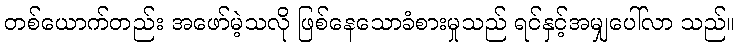
တစ်ယောက်တည်း အဖော်မဲ့သလို ဖြစ်နေသောခံစားမှုသည် ရင်နှင့်အမျှပေါ်လာ သည်။